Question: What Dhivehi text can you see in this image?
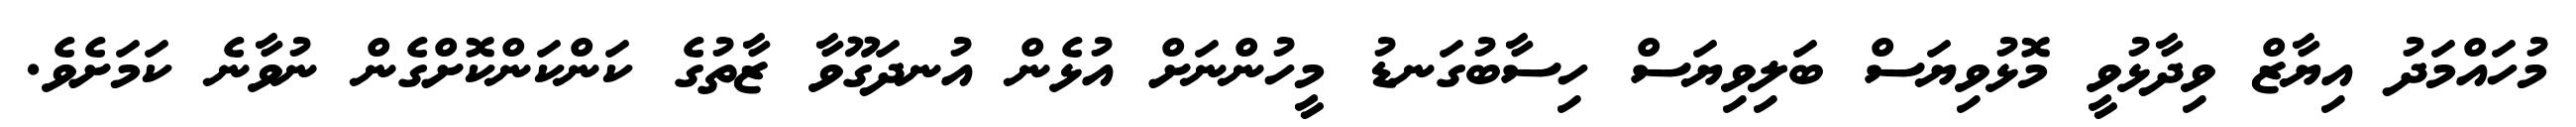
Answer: މުހައްމަދު އިޔާޒް ވިދާޅުވީ މޮޅުވިޔަސް ބަލިވިޔަސް ހިސާބުގަނޑު މީހުންނަށް އުޅެން އުނދަގޫވާ ޒާތުގެ ކަންކަންކޮށްގެން ނުވާނެ ކަމަށެވެ.